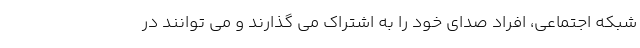
شبکه اجتماعی، افراد صدای خود را به اشتراک می گذارند و می توانند در